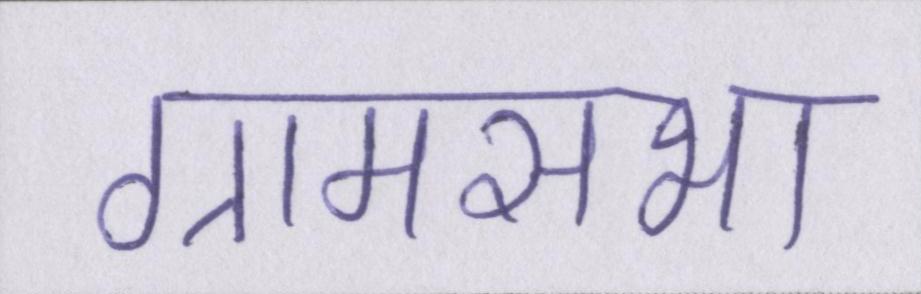
ग्रामसभा